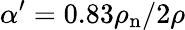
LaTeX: \alpha^{\prime}=0.83\rho_{\mathrm{n}}/2\rho